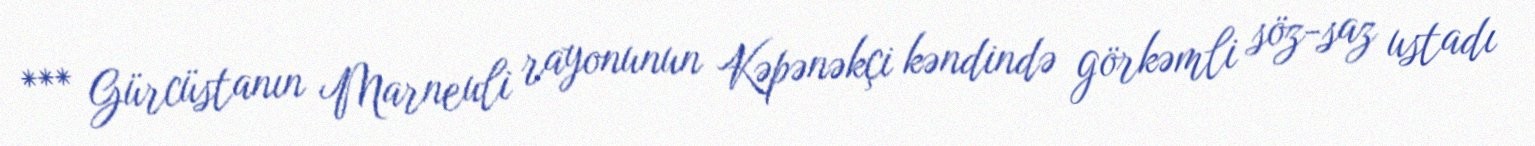
*** Gürcüstanın Marneuli rayonunun Kəpənəkçi kəndində görkəmli söz-saz ustadı